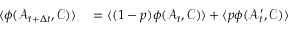
\begin{array} { r l } { \langle \phi ( \mathcal { A } _ { t + \Delta t } , \mathcal { C } ) \rangle } & { { } = \langle ( 1 - p ) \phi ( \mathcal { A } _ { t } , \mathcal { C } ) \rangle + \langle p \phi ( \mathcal { A } _ { t } ^ { \prime } , \mathcal { C } ) \rangle } \end{array}